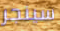
سينجر